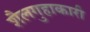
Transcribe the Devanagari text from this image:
शैलगुहाकारी